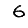
Digit: 6